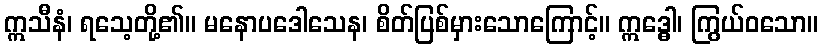
ဣသီနံ၊ ရသေ့တို့၏။ မနောပဒေါသေန၊ စိတ်ပြစ်မှားသောကြောင့်။ ဣဒ္ဓေါ၊ ကြွယ်ဝသော။